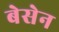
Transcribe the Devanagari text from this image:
बेसेन